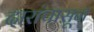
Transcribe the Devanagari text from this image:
दारांपासून